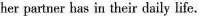
her partner has in their daily life.